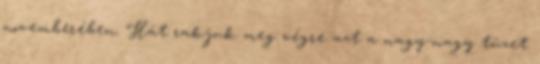
novemberében. Hát rakjuk meg végre azt a nagy-nagy tüzet